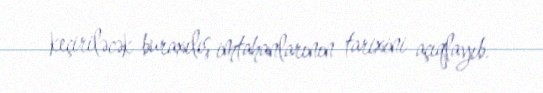
keçiriləcək buraxılış imtahanlarının tarixini açıqlayıb.